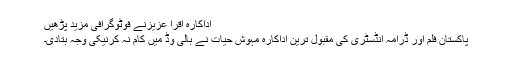
اداکارہ اقرا عزیزنے فوٹوگرافی مزید پڑھیں
پاکستان فلم اور ڈرامہ انڈسٹری کی مقبول ترین اداکارہ مہوش حیات نے بالی وڈ میں کام نہ کرنیکی وجہ بتادی۔